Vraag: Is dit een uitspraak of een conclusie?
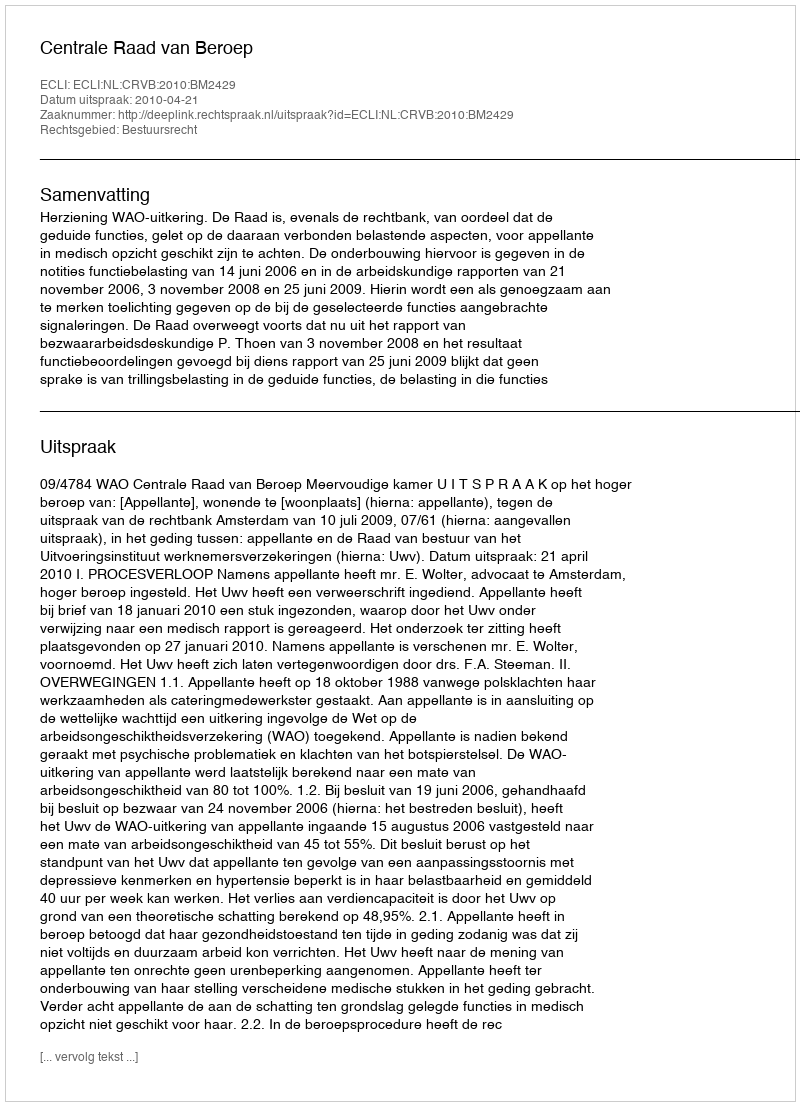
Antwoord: Uitspraak